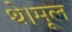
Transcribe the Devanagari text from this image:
थे।मूल